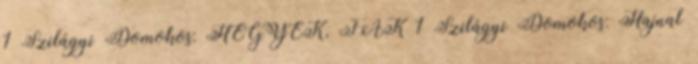
1 Szilágyi Domokos: HEGYEK, FÁK 1 Szilágyi Domokos: Hajnal